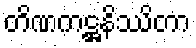
တိဏကဋ္ဌနိဿိတာ